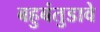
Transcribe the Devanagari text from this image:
बहुबंतुडावे